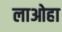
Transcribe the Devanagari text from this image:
लाओहा